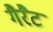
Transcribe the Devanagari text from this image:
गैरैट